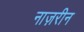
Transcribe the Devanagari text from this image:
नाज़रीन